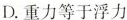
D.重力等于浮力